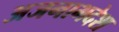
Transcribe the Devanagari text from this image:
अजनाभदेश